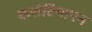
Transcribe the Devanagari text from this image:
करोटिमापन